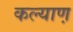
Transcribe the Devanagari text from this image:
कल्याण़